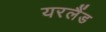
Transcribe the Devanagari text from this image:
यरलैंड